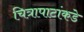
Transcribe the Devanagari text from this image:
चित्रापाटांकडे